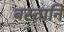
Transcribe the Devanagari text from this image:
बस्तानि